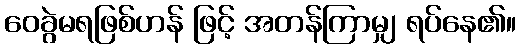
ဝေခွဲမရဖြစ်ဟန် ဖြင့် အတန်ကြာမျှ ရပ်နေ၏။